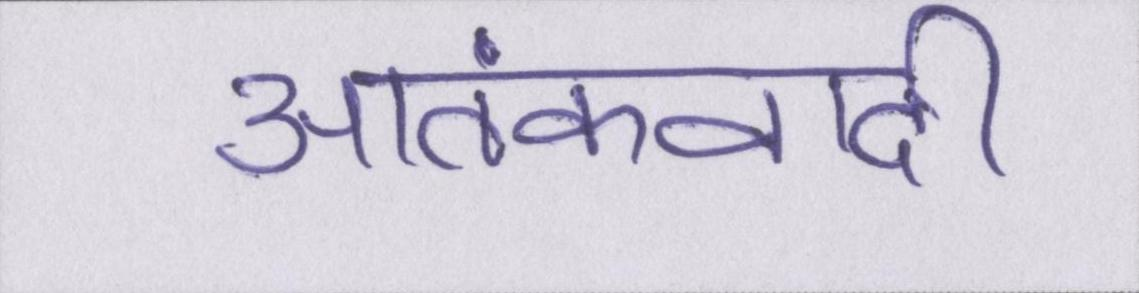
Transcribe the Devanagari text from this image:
आतंकवादी